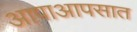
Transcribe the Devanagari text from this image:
आपाआपसात